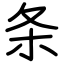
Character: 条